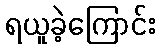
ရယူခဲ့ကြောင်း